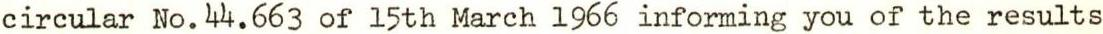
circular No.44.663 of 15th March 1966 informing you of the results